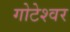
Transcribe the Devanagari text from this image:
गोटेश्वर